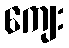
ကျေး